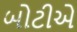
બોટીએ